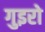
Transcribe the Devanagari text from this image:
गुइरो